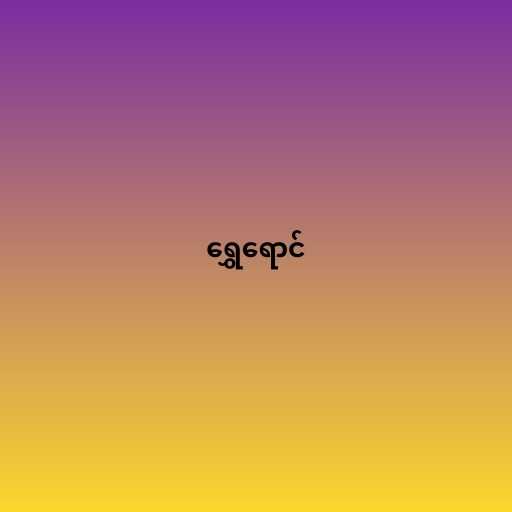
ရွှေရောင်